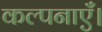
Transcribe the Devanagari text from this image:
कल्पनाएँ।